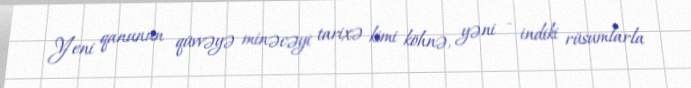
Yeni qanunun qüvvəyə minəcəyi tarixə kimi köhnə, yəni - indiki rüsumlarla